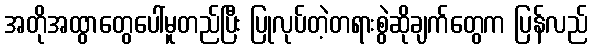
အတိုအထွာတွေပေါ်မူတည်ပြီး ပြုလုပ်တဲ့တရားစွဲဆိုချက်တွေက ပြန်လည်